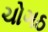
ચોગઠ